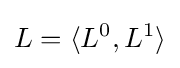
L=\langle L^{0},L^{1}\rangle